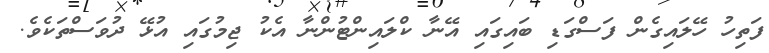
ފަތިހު ހޭލައިގެން ފަސްގަޑި ބައިގައި އޭނާ ކްލައިންޓުންނާ އެކު ޖިމުގައި އުޅޭ ދުވަސްތަކެވެ.